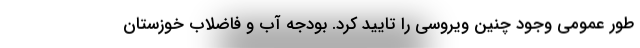
طور عمومی وجود چنین ویروسی را تایید کرد. بودجه آب و فاضلاب خوزستان